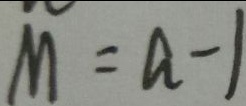
M = a - 1